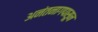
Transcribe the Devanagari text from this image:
अनंतनागपासून